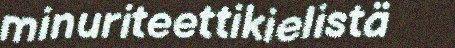
minuriteettikielistä